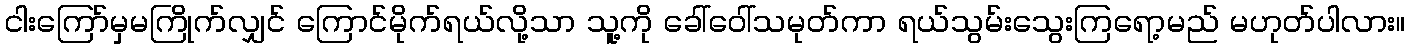
ငါးကြော်မှမကြိုက်လျှင် ကြောင်မိုက်ရယ်လို့သာ သူ့ကို ခေါ်ဝေါ်သမုတ်ကာ ရယ်သွမ်းသွေးကြရော့မည် မဟုတ်ပါလား။